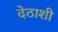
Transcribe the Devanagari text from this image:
देठाशी